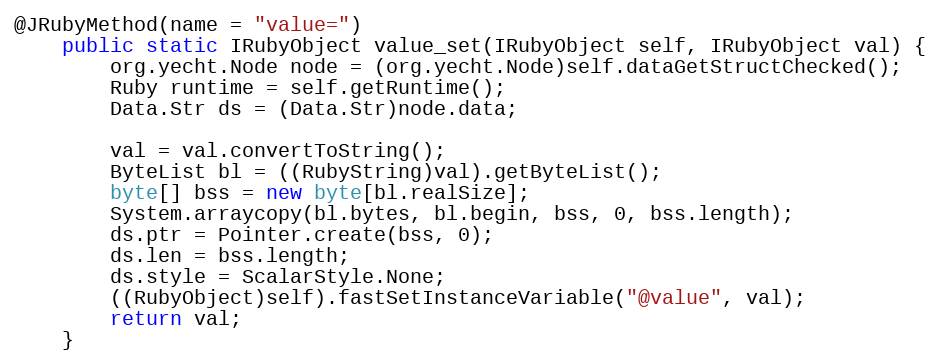
Language: Java
@JRubyMethod(name = "value=")
    public static IRubyObject value_set(IRubyObject self, IRubyObject val) {
        org.yecht.Node node = (org.yecht.Node)self.dataGetStructChecked();
        Ruby runtime = self.getRuntime();
        Data.Str ds = (Data.Str)node.data;

        val = val.convertToString();
        ByteList bl = ((RubyString)val).getByteList();
        byte[] bss = new byte[bl.realSize];
        System.arraycopy(bl.bytes, bl.begin, bss, 0, bss.length);
        ds.ptr = Pointer.create(bss, 0);
        ds.len = bss.length;
        ds.style = ScalarStyle.None;
        ((RubyObject)self).fastSetInstanceVariable("@value", val);
        return val;
    }